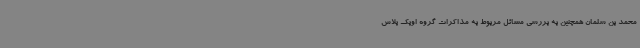
محمد بن سلمان همچنین به بررسی مسائل مربوط به مذاکرات گروه اوپک پلاس